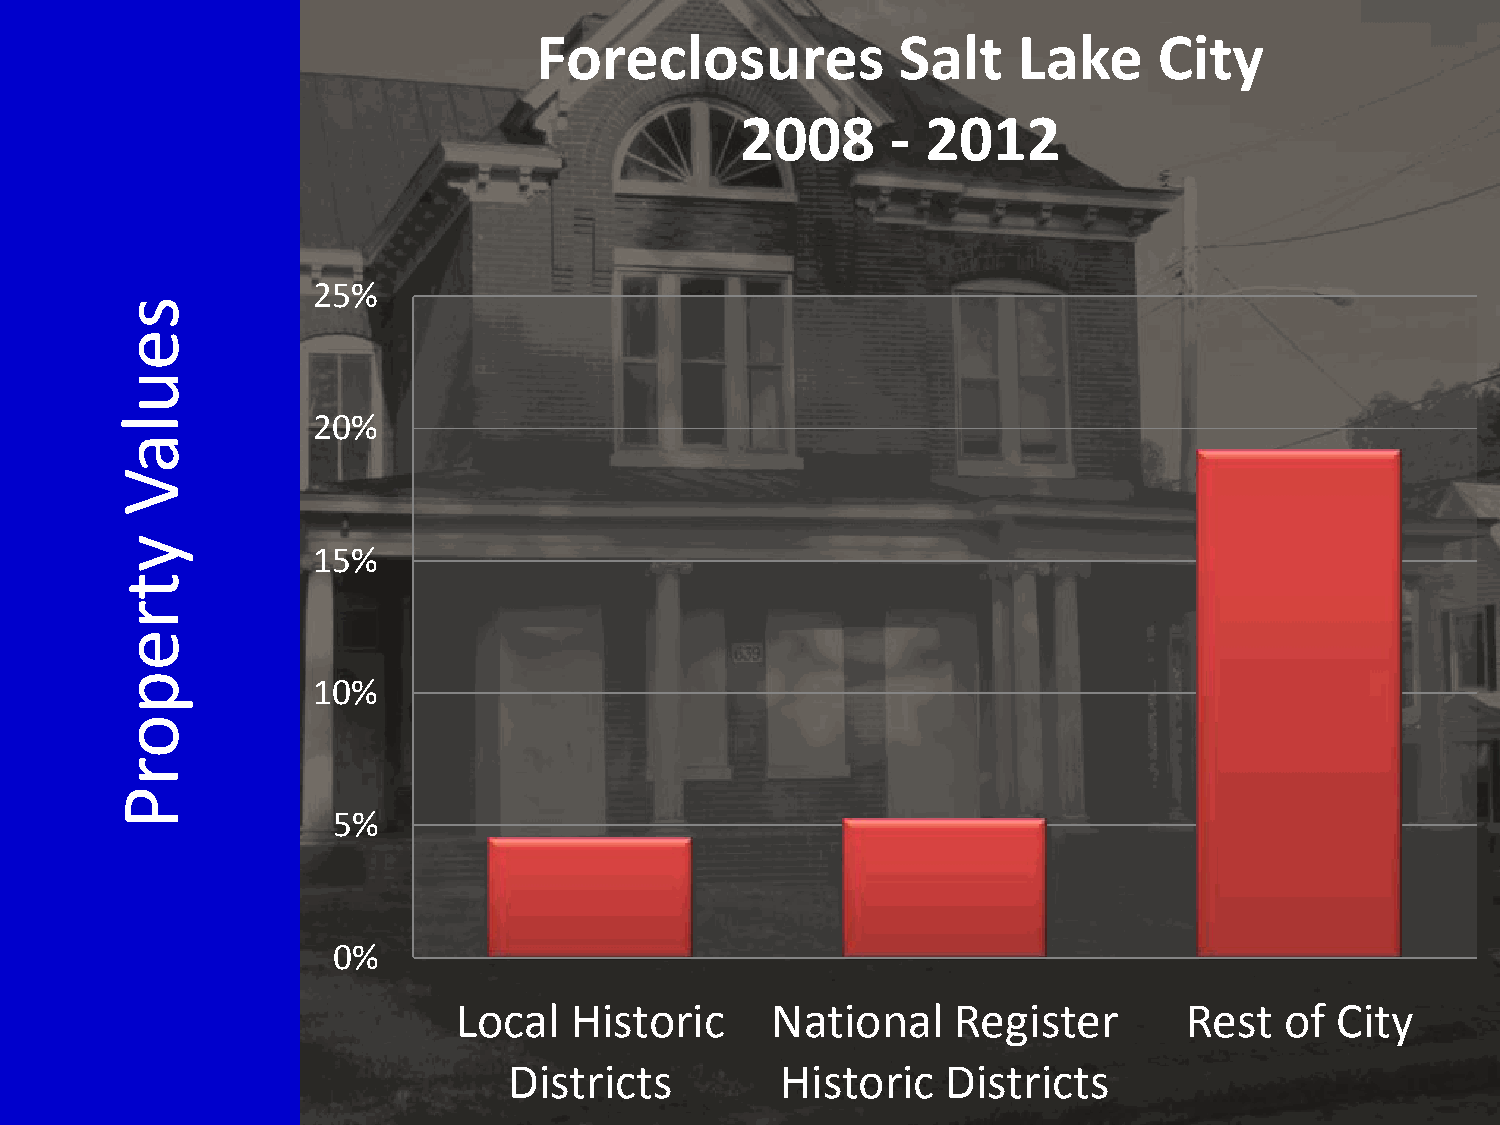
Foreclosures            Salt    Lake      City
 2008      - 2012
 25%
 s
 e
 u
 l            20%
 a
 V
 y
 15%
 t
 r
 e
 p            10%
 o
 r
 P
 5%
 0%
 Local   Historic     National    Register       Rest   of City
 Districts         Historic   Districts